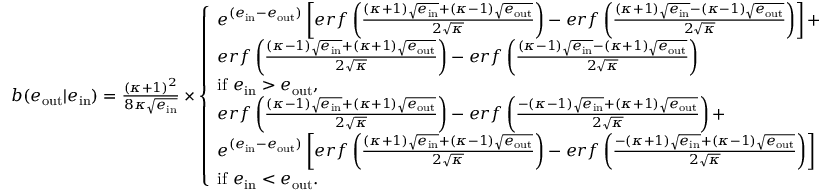
\begin{array} { r } { b ( e _ { \mathrm { o u t } } | e _ { \mathrm { i n } } ) = \frac { ( \kappa + 1 ) ^ { 2 } } { 8 \kappa \sqrt { e _ { \mathrm { i n } } } } \times \left\{ \begin{array} { l l } { e ^ { ( e _ { \mathrm { i n } } - e _ { \mathrm { o u t } } ) } \left[ e r f \left( \frac { ( \kappa + 1 ) \sqrt { e _ { \mathrm { i n } } } + ( \kappa - 1 ) \sqrt { e _ { \mathrm { o u t } } } } { 2 \sqrt { \kappa } } \right) - e r f \left( \frac { ( \kappa + 1 ) \sqrt { e _ { \mathrm { i n } } } - ( \kappa - 1 ) \sqrt { e _ { \mathrm { o u t } } } } { 2 \sqrt { \kappa } } \right) \right] + } & \\ { e r f \left( \frac { ( \kappa - 1 ) \sqrt { e _ { \mathrm { i n } } } + ( \kappa + 1 ) \sqrt { e _ { \mathrm { o u t } } } } { 2 \sqrt { \kappa } } \right) - e r f \left( \frac { ( \kappa - 1 ) \sqrt { e _ { \mathrm { i n } } } - ( \kappa + 1 ) \sqrt { e _ { \mathrm { o u t } } } } { 2 \sqrt { \kappa } } \right) } & \\ { \mathrm { i f ~ } e _ { \mathrm { i n } } > e _ { \mathrm { o u t } } , } & \\ { e r f \left( \frac { ( \kappa - 1 ) \sqrt { e _ { \mathrm { i n } } } + ( \kappa + 1 ) \sqrt { e _ { \mathrm { o u t } } } } { 2 \sqrt { \kappa } } \right) - e r f \left( \frac { - ( \kappa - 1 ) \sqrt { e _ { \mathrm { i n } } } + ( \kappa + 1 ) \sqrt { e _ { \mathrm { o u t } } } } { 2 \sqrt { \kappa } } \right) + } & \\ { e ^ { ( e _ { \mathrm { i n } } - e _ { \mathrm { o u t } } ) } \left[ e r f \left( \frac { ( \kappa + 1 ) \sqrt { e _ { \mathrm { i n } } } + ( \kappa - 1 ) \sqrt { e _ { \mathrm { o u t } } } } { 2 \sqrt { \kappa } } \right) - e r f \left( \frac { - ( \kappa + 1 ) \sqrt { e _ { \mathrm { i n } } } + ( \kappa - 1 ) \sqrt { e _ { \mathrm { o u t } } } } { 2 \sqrt { \kappa } } \right) \right] } & \\ { \mathrm { i f ~ } e _ { \mathrm { i n } } < e _ { \mathrm { o u t } } . } & \end{array} \right. } \end{array}